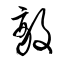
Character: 敵